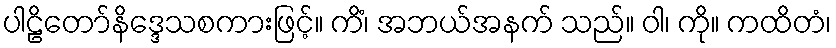
ပါဠိတော်နိဒ္ဒေသစကားဖြင့်။ ကိံ၊ အဘယ်အနက် သည်။ ဝါ၊ ကို။ ကထိတံ၊